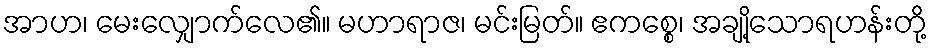
အာဟ၊ မေးလျှောက်လေ၏။ မဟာရာဇ၊ မင်းမြတ်။ ဧကစ္စေ၊ အချို့သောရဟန်းတို့